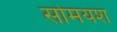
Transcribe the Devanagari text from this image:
सोमयश